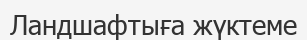
Ландшафтыға жүктеме